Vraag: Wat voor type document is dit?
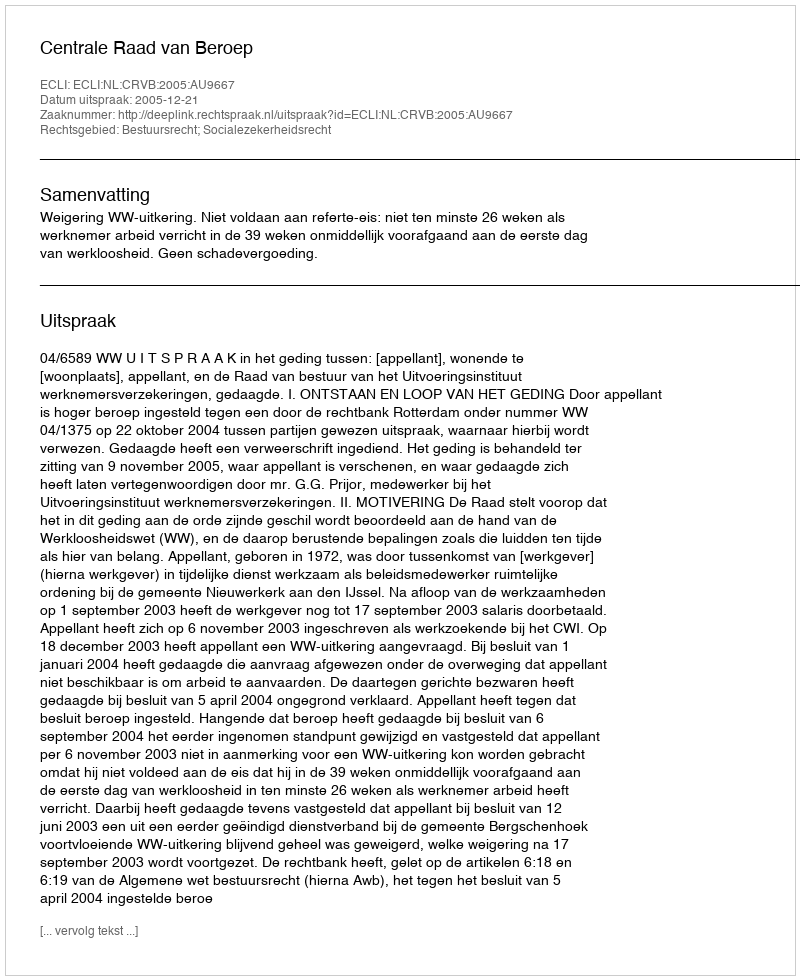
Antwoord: Uitspraak